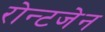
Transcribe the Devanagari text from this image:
रोन्टजेन